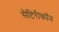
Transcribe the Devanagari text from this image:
सैटिरीकॉन